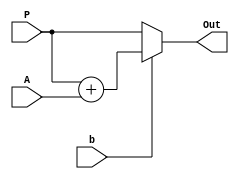
`default_nettype none

module and_add (
    P,
    A,
    b,
    Out
);


input wire [8:0] P;
input wire [7:0] A;
input wire b;
output wire [8:0] Out;

assign Out = b ? (P+A) : P;
//assign Out = (P+A) * b + P * !b;

endmodule